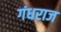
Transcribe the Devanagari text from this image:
गंधराज